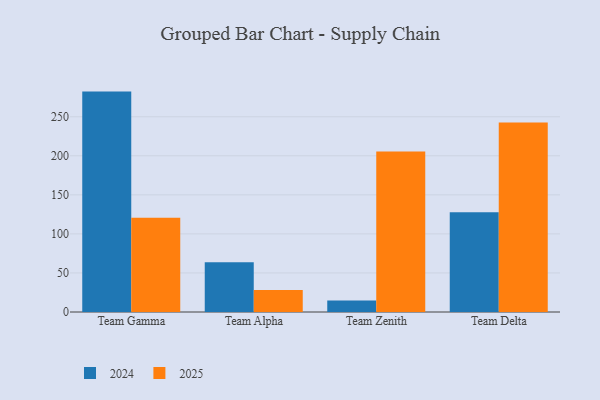
{"axis": {"x": "Team", "y": "Headcount"}, "legend": ["2024", "2025"], "data": [{"x": "Team Gamma", "y": 120.8, "type": "2025"}, {"x": "Team Gamma", "y": 282.2, "type": "2024"}, {"x": "Team Alpha", "y": 28.2, "type": "2025"}, {"x": "Team Alpha", "y": 63.7, "type": "2024"}, {"x": "Team Zenith", "y": 205.5, "type": "2025"}, {"x": "Team Zenith", "y": 14.6, "type": "2024"}, {"x": "Team Delta", "y": 242.6, "type": "2025"}, {"x": "Team Delta", "y": 127.6, "type": "2024"}]}